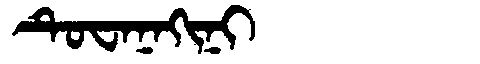
Manchu: ᡨᡠᠸᠠᠨᠠᡴᡳᠨᡳ
Romanization: TUWANAKINI